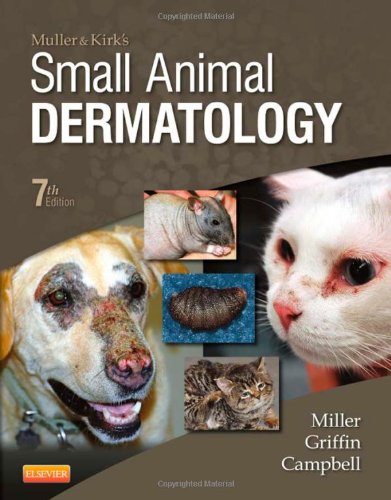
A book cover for Muller and Kirk's Small Animal Dermatology, 7e; William H. Miller Jr. VMD  DACVD; Medical Books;